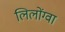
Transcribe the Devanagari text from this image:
लिलोंग्वा